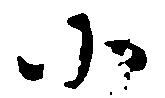
小